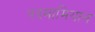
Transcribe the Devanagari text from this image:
पदमामियान